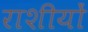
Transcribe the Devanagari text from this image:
राशीयों